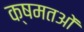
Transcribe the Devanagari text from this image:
क्षमतओं